Language: tamil
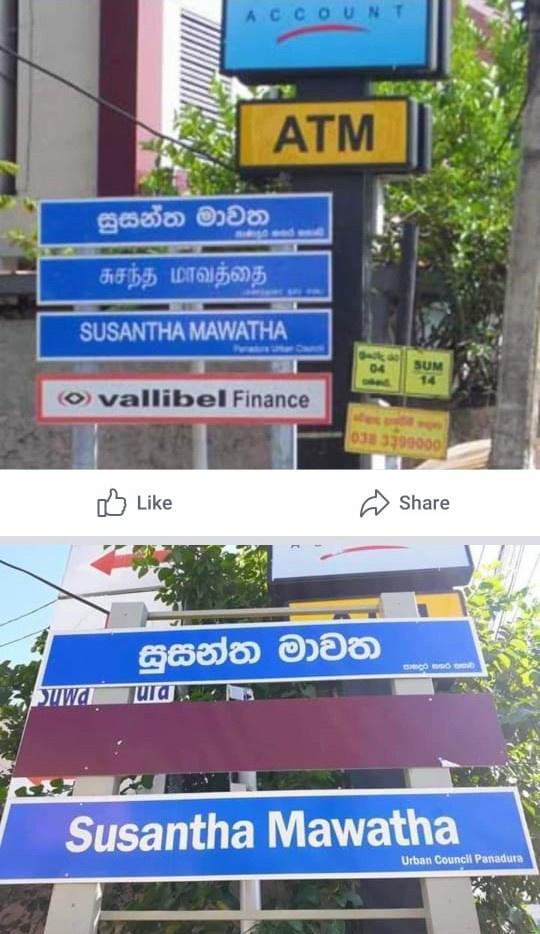
Transcription: சுசந்த மாவத்தை